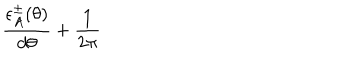
\frac { \epsilon _ { A } ^ { \pm } ( \theta ) } { d \theta } + \frac { 1 } { 2 \pi }